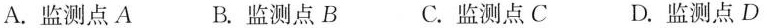
A.监测点A B.监测点B C.监测点C D.监测点D